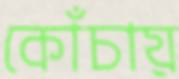
কোঁচায়